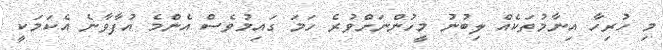
މި ހުރިހާ އިނާމުތަކެއް ލިބުނު މީހުންނަށްވުރެ ހަމަ ގައިމުވެސް އެންމެ އުފާވާނެ އެކަމަކީ